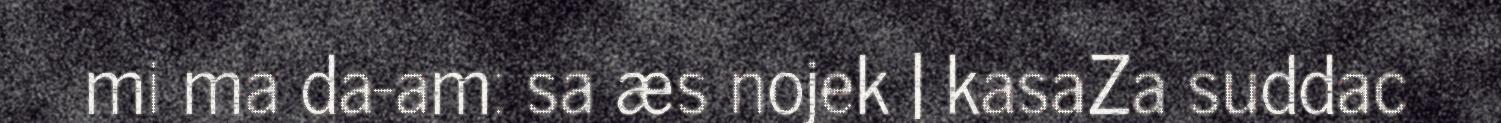
mi ma da-am: sa æs nojek | kasaZa suddac